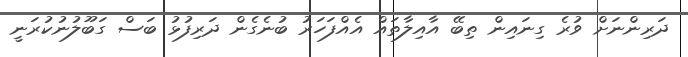
ދަރިންނަށް ވުރެ ގިނައިން ތިބޭ އާއިލާތައް އެއްފަހަރު ބުނެގެން ދަރިފުޅު ބަސް ގަބޫލުނުކުރަނީ